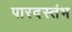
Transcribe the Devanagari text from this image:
पारदस्तंभ